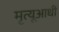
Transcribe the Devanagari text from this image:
मृत्यूआधी